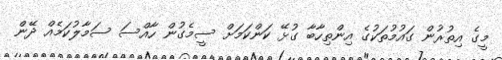
މީގެ އިތުރުން ގައުމުތަކުގެ އިންތިހާބާ ގުޅޭ ކަންކަމަށް ސީމެގުން ހާއްސަ ސަމާލުކަމެއް ދޭން